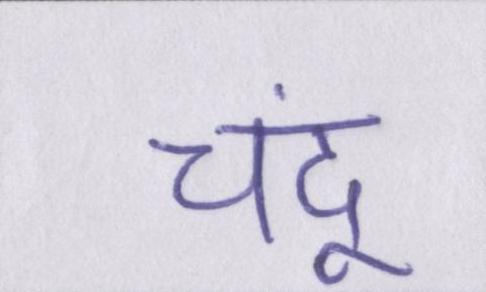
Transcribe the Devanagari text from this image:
चंदू